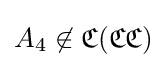
A_{4}\not \in {\mathfrak {C}}({\mathfrak {C}}{\mathfrak {C}})